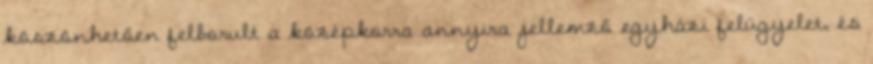
köszönhetően felborult a középkorra annyira jellemző egyházi felügyelet, és